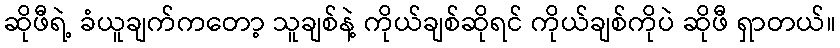
ဆိုဖီရဲ့ ခံယူချက်ကတော့ သူချစ်နဲ့ ကိုယ်ချစ်ဆိုရင် ကိုယ်ချစ်ကိုပဲ ဆိုဖီ ရှာတယ်။